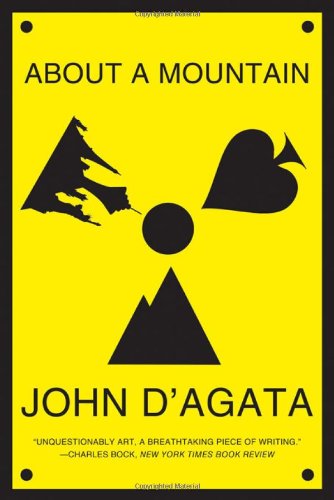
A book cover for About a Mountain; John D'Agata; Science & Math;